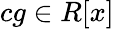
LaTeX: cg\in R[x]